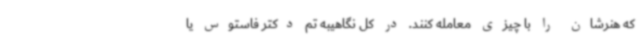
که هنرشان را با چیزی معامله کنند. در کل نگاهیبه تم دکتر فاستوس یا